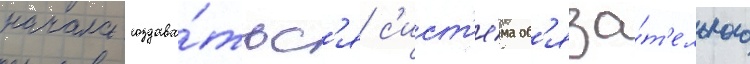
начала создава́тьс'я с'ист'е́ма об'яза́т'ельного